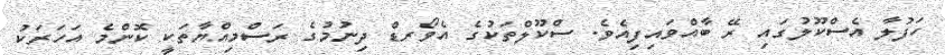
ހަފުލާ އެސްކޫލުގައި ރޭ ބާއްވައިފިއެވެ. ސްކޫލްތަކުގެ އެވޯރޑް ދިނުމުގެ ރަސްމިއްޔާތަކީ ކޮންމެ އަހަރަކު